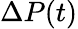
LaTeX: \Delta P(t)